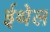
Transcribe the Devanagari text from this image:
ईथेल